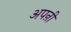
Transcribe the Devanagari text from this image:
अपऩी